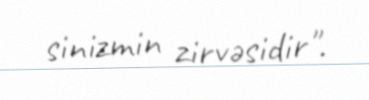
sinizmin zirvəsidir".